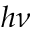
h \nu